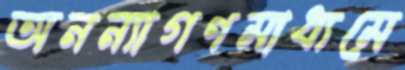
অনন্যাগণমাধ্যমে